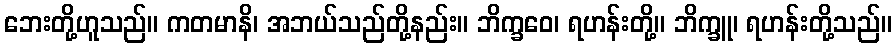
ဘေးတို့ဟူသည်။ ကတမာနိ၊ အဘယ်သည်တို့နည်း။ ဘိက္ခဝေ၊ ရဟန်းတို့။ ဘိက္ခူ၊ ရဟန်းတို့သည်။